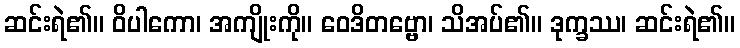
ဆင်းရဲ၏။ ဝိပါကော၊ အကျိုးကို။ ဝေဒိတဗ္ဗော၊ သိအပ်၏။ ဒုက္ခဿ၊ ဆင်းရဲ၏။